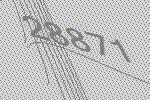
28871